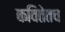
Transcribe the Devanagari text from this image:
कवितेतच